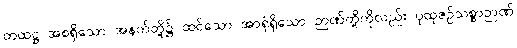
တထဋ္ဌ အစရှိသော အနက်တို့၌ ထင်သော အာရုံရှိသော ဉာဏ်တို့ကိုလည်း ပုထုဇဉ်သစ္စာဉာဏ်